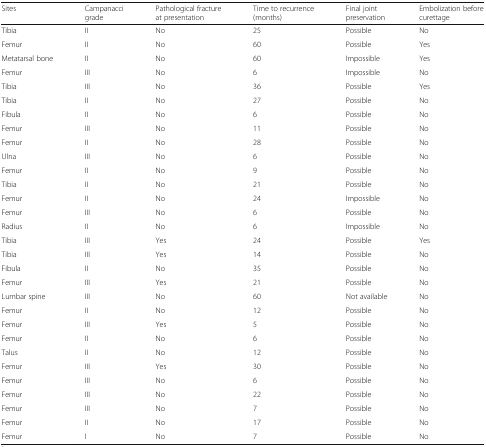
| Sites | Campanacci grade | Pathological fracture at presentation | Time to recurrence (months) | Final joint preservation | Embolization before curettage |
 | --- | --- | --- | --- | --- | --- |
 | Tibia | II | No | 25 | Possible | No |
 | Femur | II | No | 60 | Possible | Yes |
 | Metatarsal bone | II | No | 60 | Impossible | Yes |
 | Femur | III | No | 6 | Impossible | No |
 | Tibia | III | No | 36 | Possible | Yes |
 | Tibia | II | No | 27 | Possible | No |
 | Fibula | II | No | 6 | Possible | No |
 | Femur | III | No | 11 | Possible | No |
 | Femur | II | No | 28 | Possible | No |
 | Ulna | III | No | 6 | Possible | No |
 | Femur | II | No | 9 | Possible | No |
 | Tibia | II | No | 21 | Possible | No |
 | Femur | II | No | 24 | Impossible | No |
 | Femur | III | No | 6 | Possible | No |
 | Radius | II | No | 6 | Impossible | No |
 | Tibia | III | Yes | 24 | Possible | Yes |
 | Tibia | III | Yes | 14 | Possible | No |
 | Fibula | II | No | 35 | Possible | No |
 | Femur | III | Yes | 21 | Possible | No |
 | Lumbar spine | III | No | 60 | Not available | No |
 | Femur | II | No | 12 | Possible | No |
 | Femur | III | Yes | 5 | Possible | No |
 | Femur | II | No | 6 | Possible | No |
 | Talus | II | No | 12 | Possible | No |
 | Femur | III | Yes | 30 | Possible | No |
 | Femur | III | No | 6 | Possible | No |
 | Femur | III | No | 22 | Possible | No |
 | Femur | III | No | 7 | Possible | No |
 | Femur | II | No | 17 | Possible | No |
 | Femur | I | No | 7 | Possible | No |